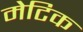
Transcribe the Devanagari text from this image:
मेटिक